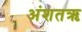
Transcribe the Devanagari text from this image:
अंशतऋ